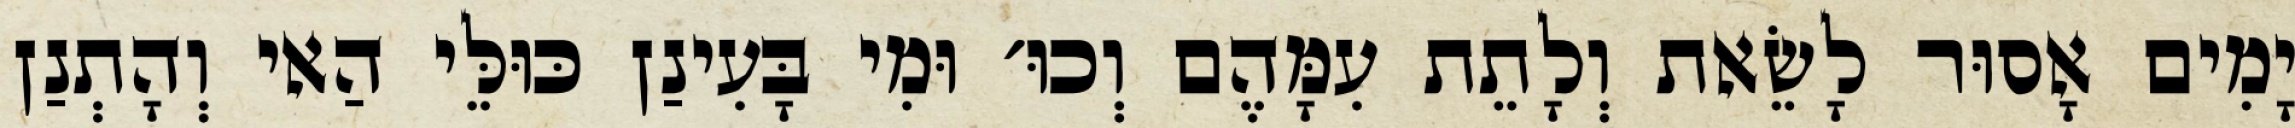
יָמִים אָסוּר לָשֵׂאת וְלָתֵת עִמָּהֶם וְכוּ׳ וּמִי בָּעִינַן כּוּלֵּי הַאי וְהָתְנַן